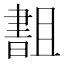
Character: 𬁫